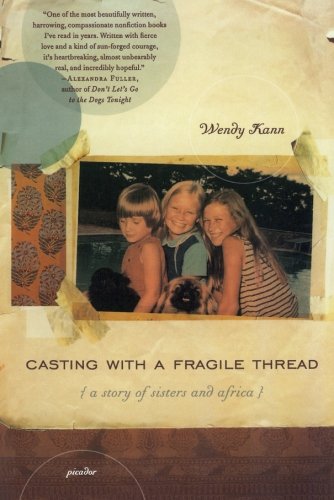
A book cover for Casting with a Fragile Thread: A Story of Sisters and Africa; Wendy Kann; History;